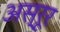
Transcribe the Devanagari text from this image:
अस्रूर